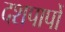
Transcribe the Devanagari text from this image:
दशपापों